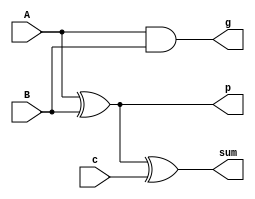
`timescale 1ns / 1ps
//////////////////////////////////////////////////////////////////////////////////
// Company: 
// Engineer: 
// 
// Design Name: 
// Module Name:    PFA 
// Project Name: 
// Target Devices: 
// Tool versions: 
// Description: 
//
// Dependencies: 
//
// Revision: 
// Revision 0.01 - File Created
// Additional Comments: 
//
//////////////////////////////////////////////////////////////////////////////////
module PFA(
	input wire A,
	input wire B,
	input wire c,
	output wire sum,
	output wire p,
	output wire g
    );
	xor(p, A, B);
	and (g, A, B);
	xor (sum, p, c);

endmodule